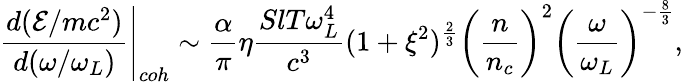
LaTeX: \left.\frac{d(\mathcal{E}/mc^{2})}{d(\omega/\omega_{L})}\right|_{coh}\sim\frac{\alpha}{\pi}\eta\frac{SlT\omega_{L}^{4}}{c^{3}}(1+\xi^{2})^{\frac{2}{3}}\left(\frac{n}{n_{c}}\right)^{2}\left(\frac{\omega}{\omega_{L}}\right)^{-\frac{8}{3}},